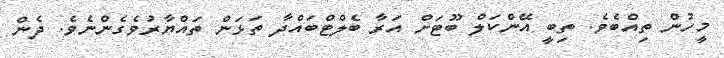
މީހުން ތިއްބެވެ. ތިބީ އޭންކަލް ބޫޓަށް އަރާ ބެލްޓްބައްދާ ތަޅަން ތައްޔާރުވެގެންނެވެ. ދެން